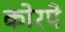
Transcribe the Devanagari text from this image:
कोरपे